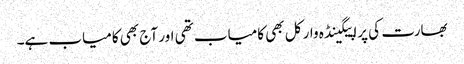
بھارت کی پراپیگینڈہ وار کل بھی کامیاب تھی اور آج بھی کامیاب ہے۔